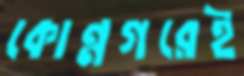
কোন্নগরেই